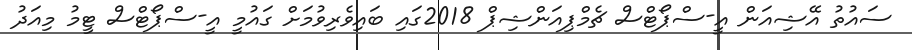
ސައުތު އޭޝިއަން އީ-ސްޕޯޓްސް ޗެމްޕިއަންޝިޕް 2018ގައި ބައިވެރިވުމަށް ގައުމީ އީ-ސްޕޯޓްސް ޓީމު މިއަދު